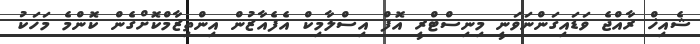
ޝެއިޚް ރާއްޖެ ވަޑައިގަންނަވަނީ މިނިސްޓްރީ އޮފް އިސްލާމިކް އެފެއާޒުން އިންތިޒާމްކޮށްގެން ކޮންމެ މަހަކު